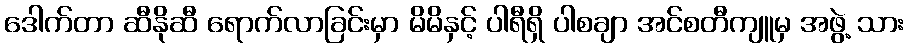
ဒေါက်တာ ဆီနိုဆီ ရောက်လာခြင်းမှာ မိမိနှင့် ပါရီရှိ ပါစချာ အင်စတီကျူမှ အဖွဲ့ သား